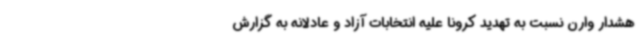
هشدار وارن نسبت به تهدید کرونا علیه انتخابات آزاد و عادلانه به گزارش